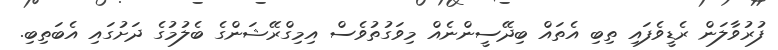
ފުރުވާލަން ރެޑީވެފައި ތިބި އެތައް ބިދޭސީންނެއް މިވަގުތުވެސް އިމިގްރޭޝަންގެ ބެލުމުގެ ދަށުގައި އެބަތިބި.